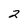
Character: 2